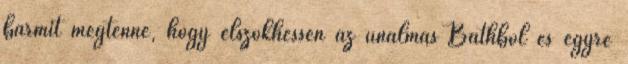
bármit megtenne, hogy elszökhessen az unalmas Bathból és egyre